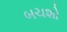
બચશો